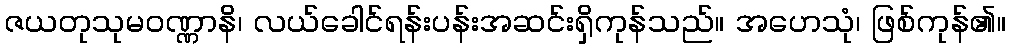
ဇယတုသုမဝဏ္ဏာနိ၊ လယ်ခေါင်ရန်းပန်းအဆင်းရှိကုန်သည်။ အဟေသုံ၊ ဖြစ်ကုန်၏။